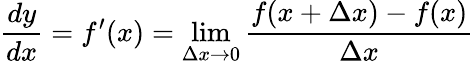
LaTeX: {\frac{dy}{dx}}=f^{\prime}(x)=\operatorname*{lim}_{\Delta x\to 0}{\frac{f(x+\Delta x)-f(x)}{\Delta x}}